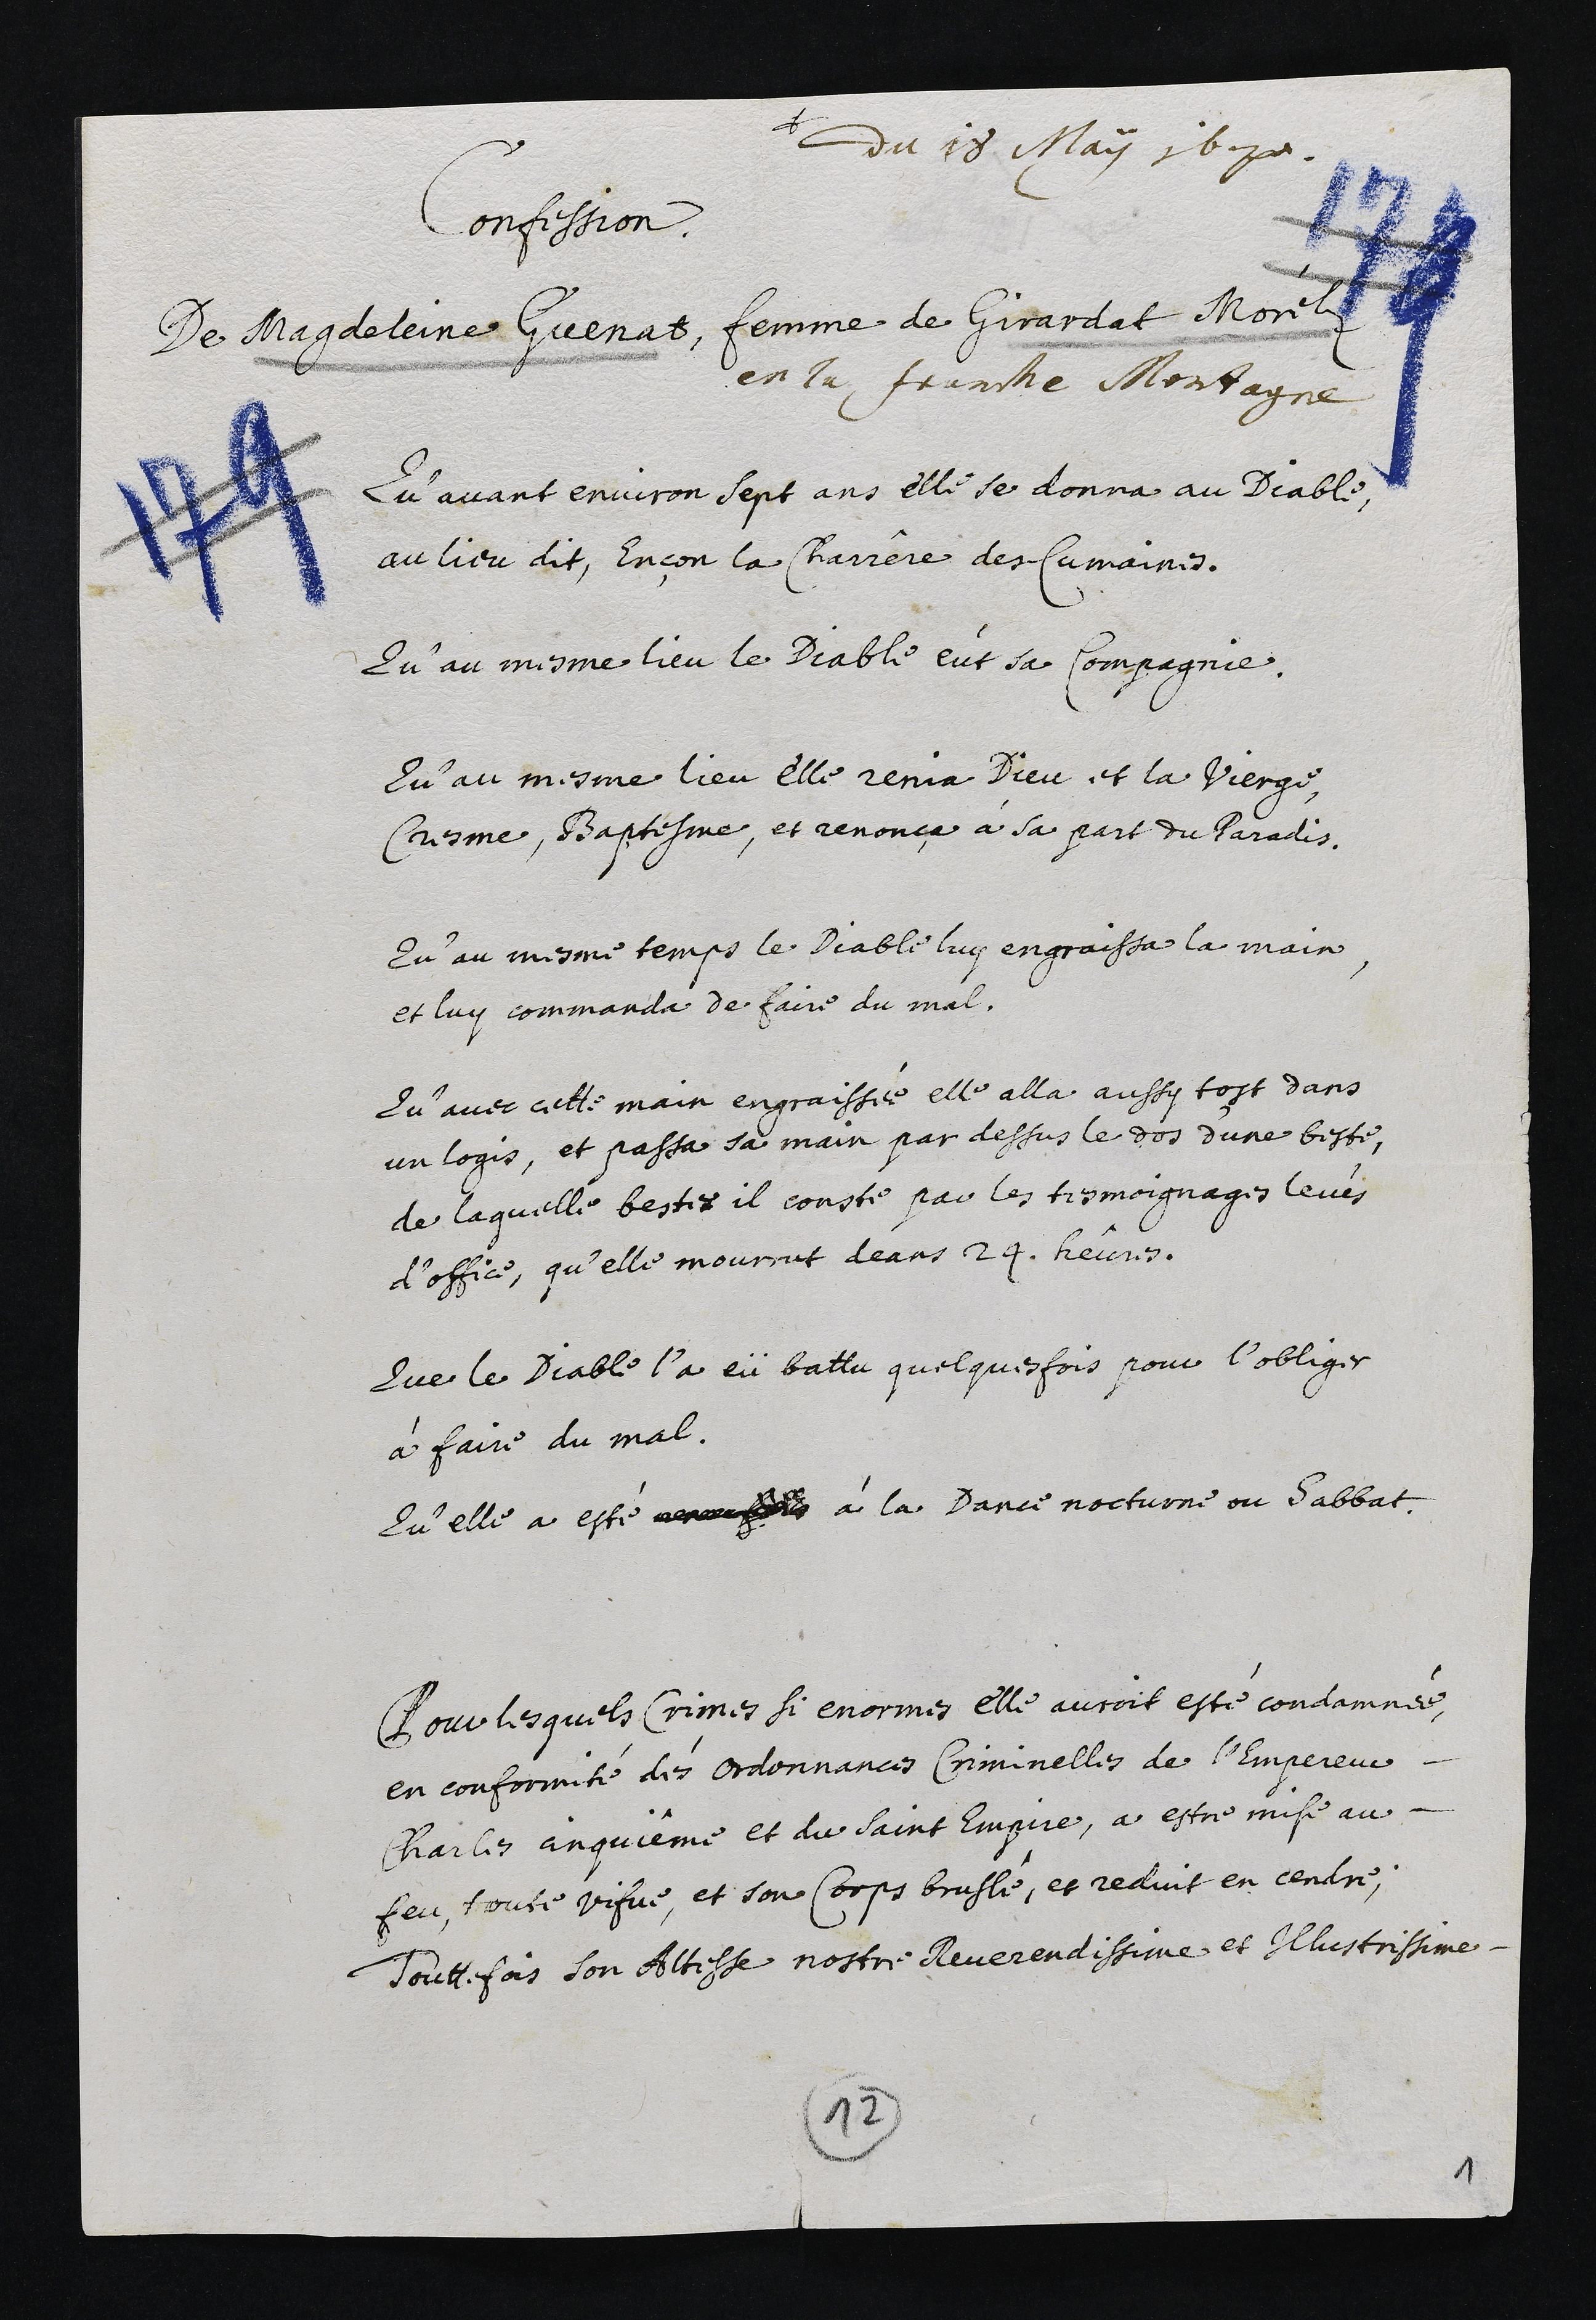
+
du 18. May 1610.
Confession
De Magdeleine Guenat, femme de Girardat Monell
en la franche Montagne
Qu’avant environ sept ans elle se donna au Diable,
au lieu dit. Encon la Charrere des Cumaines.
Qu’au mesme lieu le Diable eut sa Compagnie
Qu’au mesme lieu elle renia Dieu et la vierge
Cresme, Baptesme, et renonçe à sa part du Paradis
Qu’au mesme temps le Diable luy engraissa la main
et luy commanda de faire du mal.
Qu’avec cette main engraissée elle alla aussy tost dans
un logis, et passa sa main par dessus le dos d’une beste,
de laquelle bestes il couste par les tesmoignages levis
d’office, qu’elle mourrut deans 24. heures.
Que le Diable l’a eü battu quelquefois pour l’obliger
à faire du mal.
Qu’elle a esté ancufe à la Dance nocturne ou Sabbat
Pour lesquels Crimes si enormes elle auroit esté condammés,
en conformité des ordonnances Criminelles de l’Empeieur
Charles anqueme et du saint Empre, a estre mise au-
feu, toute vifve, et son Corps brusle, et reduit en cendre,
Touttefois son Altesse nostre Reverendissime et Illustrissime